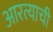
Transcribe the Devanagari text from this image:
आरत्याची